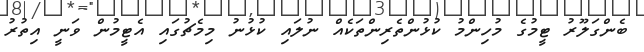
ބެންގަލޫރު ޓީމުގެ މުހިންމު ކުޅުންތެރިންތަކެއް ނުލައި ކުޅުނު މިމެޗުގައި އެޓީމުން ވަނީ އިތުރު